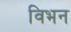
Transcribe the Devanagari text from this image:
विभन